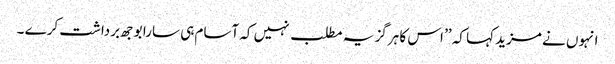
انہوں نے مزید کہا کہ ’’ اس کا ہرگز یہ مطلب نہیں کہ آسام ہی سارا بوجھ برداشت کرے ۔